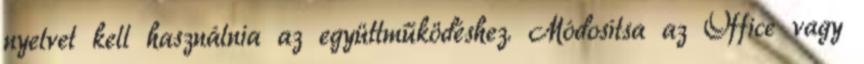
nyelvet kell használnia az együttműködéshez. Módosítsa az Office vagy